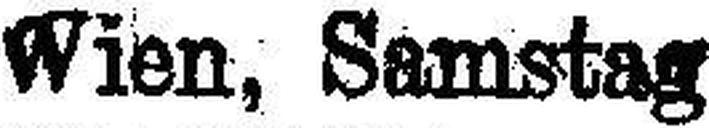
Wien, Samstag